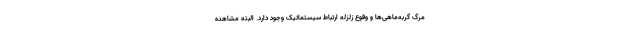
مرگ گربه‌ماهی‌ها و وقوع زلزله ارتباط سیستماتیک وجود دارد. البته مشاهده